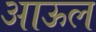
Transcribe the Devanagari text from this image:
आऊल